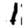
Digit: 1